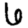
Digit: 6